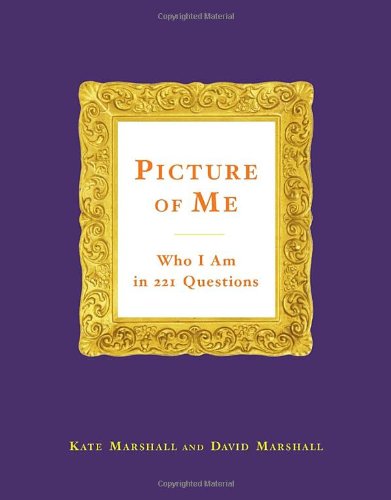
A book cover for Picture of Me: Who I Am in 221 Questions; Kate Marshall; Cookbooks, Food & Wine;